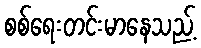
စစ်ရေးတင်းမာနေသည့်